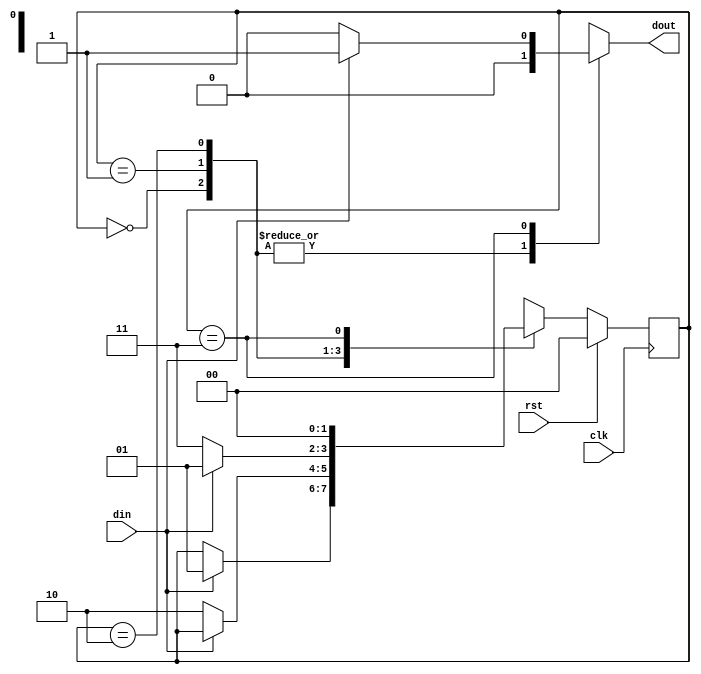
`timescale 1ns / 1ps
//////////////////////////////////////////////////////////////////////////////////
// Company: 
// Engineer: 
// 
// Design Name: 
// Module Name: mealy_nonoverlap
// Project Name: 
// Target Devices: 
// Tool Versions: 
// Description: 
// 
// Dependencies: 
// 
// Revision:
// Revision 0.01 - File Created
// Additional Comments:
// 
//////////////////////////////////////////////////////////////////////////////////


module mealy_nonoverlap(
input din,clk,rst,
output  reg dout

    );
    reg [1:0] current_state, next_state;
    
    parameter s0 = 2'b00;
    parameter s1 = 2'b01;
    parameter s2 = 2'b10;
    parameter s3 = 2'b11;
        
    always @(posedge clk) begin
        if (rst == 1) begin
            current_state <= s0;
        end else begin
            current_state <= next_state;
        end
    end
    
    always @(din or current_state) begin
        case (current_state)
            s0: if (din == 1) begin
                next_state = s1;
                dout = 1'b0; end
                else begin
                next_state = current_state;
                dout = 1'b0; end
                
            s1: if (din == 0) begin
                next_state = s2;
                dout = 1'b0; end
                else begin
                next_state = current_state;
                dout = 1'b0; end	 
                 
            s2: if (din == 0) begin
                next_state = s3;
                dout = 1'b0; end
                else begin
                next_state = s1;
                dout = 1'b0; end
            
            s3: if (din == 1) begin
                next_state = s0;
                dout = 1'b1; end
                else begin
                next_state = s0;
                dout = 1'b0; end	 
                 
            default: next_state = s0;
        endcase
    end
endmodule